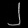
Digit: ၂